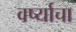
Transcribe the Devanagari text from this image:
वर्ष्याचा